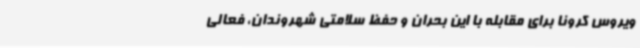
ویروس کرونا برای مقابله با این بحران و حفظ سلامتی شهروندان، فعالی